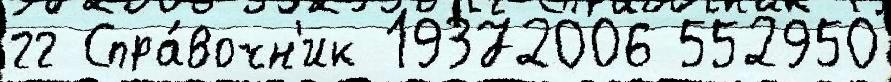
гг Спра́вочн'ик 19372006 552950